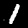
Digit: 1